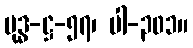
ဗုဒ္ဓ-ဋ္ဌ-၅၇၊ ပါ-၃၀၁။